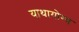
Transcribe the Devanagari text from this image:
याथायोग्य